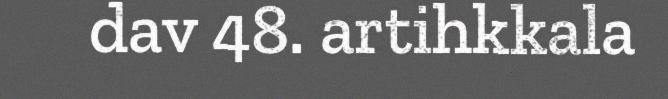
dav 48. artihkkala